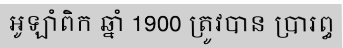
អូឡាំពិក ឆ្នាំ 1900 ត្រូវបាន ប្រារព្ធ